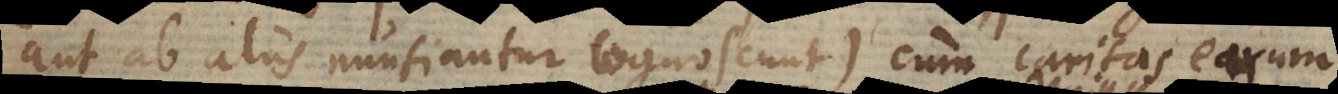
aut ab aliis nuntiantur cognoscunt) cum caritas earum